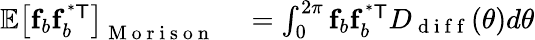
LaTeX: \begin{array}{rl}{\mathbb{E}\left[\mathbf{f}_{b}\mathbf{f}_{b}^{\mathsf{^{*}T}}\right]_{\mathrm{~M~o~r~i~s~o~n~}}}&{{}=\int_{0}^{2\pi}\mathbf{f}_{b}\mathbf{f}_{b}^{\mathsf{^{*}T}}D_{\mathrm{~d~i~f~f~}}(\theta)d\theta}\end{array}